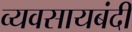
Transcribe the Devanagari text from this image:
व्यवसायबंदी